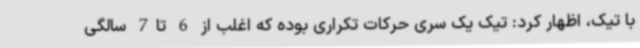
با تیک، اظهار کرد: تیک یک سری حرکات تکراری بوده که اغلب از 6 تا7 سالگی